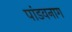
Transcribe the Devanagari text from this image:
पांडवनाग